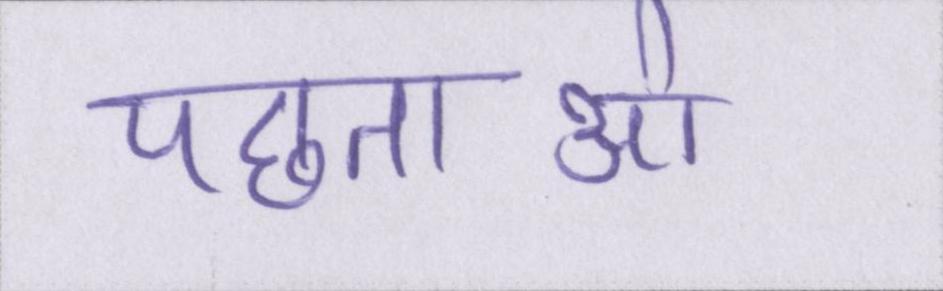
पछताओ